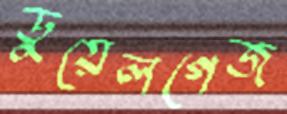
ডুয়েলগেজ